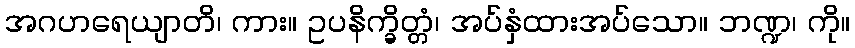
အဂဟရေယျာတိ၊ ကား။ ဥပနိက္ခိတ္တံ၊ အပ်နှံထားအပ်သော။ ဘဏ္ဍ၊ ကို။